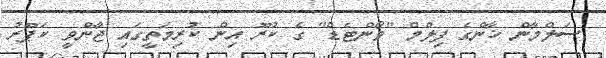
ސަލްމާން ޚާންގެ ފިލްމް "ވޯންޓެޑް" ގެ ކުރޫ އިން ކުރިމަތީގައި ޖާންވީ ކަޕޫރު